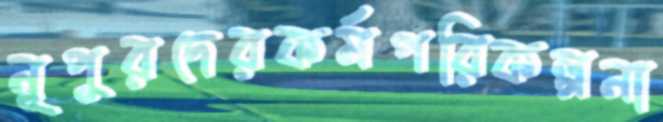
নূপুরদেরকর্মপরিকল্পনা